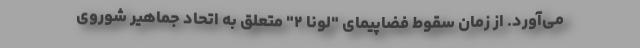
می‌آورد. از زمان سقوط فضاپیمای "لونا ۲" متعلق به اتحاد جماهیر شوروی